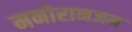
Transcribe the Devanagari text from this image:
मनोरानजन